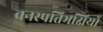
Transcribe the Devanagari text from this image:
वनस्पतिभक्षियों